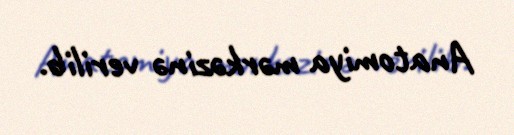
Anatomiya mərkəzinə verilib.